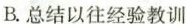
B.总结以往经验教训